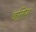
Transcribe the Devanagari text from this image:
जलियां